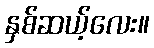
နှစ်ဆယ့်လေး။